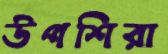
উপশিরা